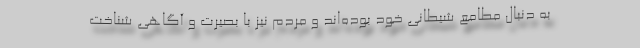
به دنبال مطامع شیطانی خود بوده‌اند و مردم نیز با بصیرت و آگاهی شناخت